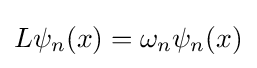
L\psi _{n}(x)=\omega _{n}\psi _{n}(x)